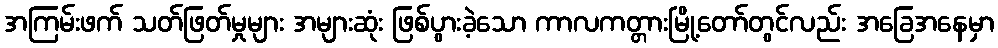
အကြမ်းဖက် သတ်ဖြတ်မှုများ အများဆုံး ဖြစ်ပွားခဲ့သော ကာလကတ္တားမြို့တော်တွင်လည်း အခြေအနေမှာ